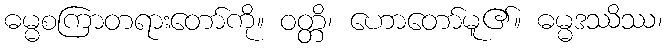
ဓမ္မစကြာတရားတော်ကို။ ဝတ္တိ၊ ဟောတော်မူ၏။ ဓမ္မဒဿိဿ၊